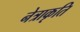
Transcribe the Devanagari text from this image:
नेत्राकृति